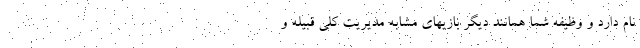
نام دارد و وظیفه شما همانند دیگر بازیهای مشابه مدیریت کلی قبیله و